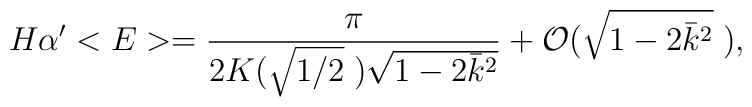
H\alpha'<E>=\frac{\pi}{2K(\sqrt{1/2}\;)\sqrt{1-2\bar{k}^2}}+{\cal O}(\sqrt{1-2\bar{k}^2}\;),